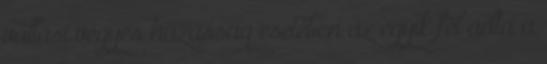
vallási vegyes házasság esetében az egyik fél adta a